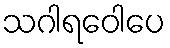
သဂါရဝေါပေ